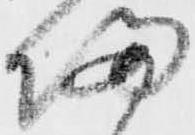
帰